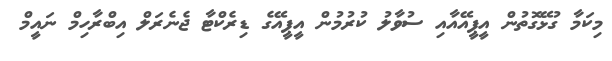
މިކަމާ ގުޅޭގޮތުން އީޕީއޭއާއި ސުވާލު ކުރުމުން އީޕީއޭގެ ޑިރެކްޓާ ޖެނެރަލް އިބްރާހިމް ނައީމް